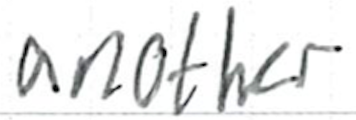
Text: another
Cross-out: clean
Writing tool: ballpoint